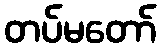
တပ်မတော်